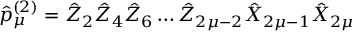
\hat { p } _ { \mu } ^ { ( 2 ) } = \hat { Z } _ { 2 } \hat { Z } _ { 4 } \hat { Z } _ { 6 } \ldots \hat { Z } _ { 2 \mu - 2 } \hat { X } _ { 2 \mu - 1 } \hat { X } _ { 2 \mu }